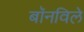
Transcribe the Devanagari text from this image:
बॉनविले